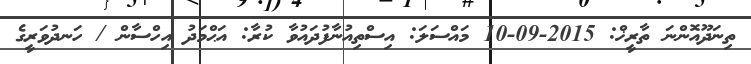
ތިނަދޫއޮންނަ ތާރީޚް: 2015-09-10 މައްސަލަ: އިސްތިއުނާފުދައުވާ ކުރާ: އަޙްމަދު އިހްސާން / ހަނދުވަރީގެ